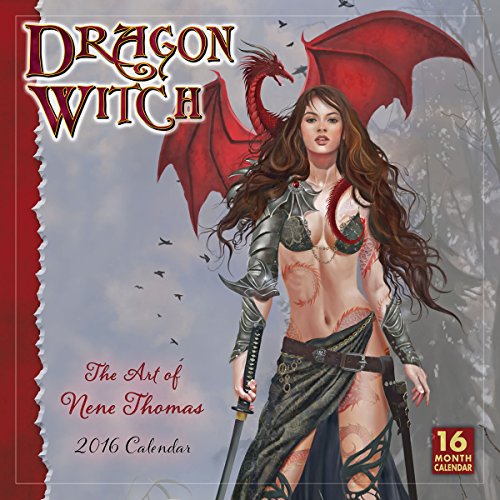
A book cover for Dragon Witches  Nene Thomas 2016 Wall Calendar; Nene Thomas; Calendars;